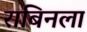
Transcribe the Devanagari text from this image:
राबिनला